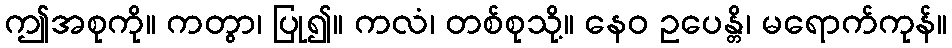
ဤအစုကို။ ကတွာ၊ ပြု၍။ ကလံ၊ တစ်စုသို့။ နေဝ ဥပေန္တိ၊ မရောက်ကုန်။